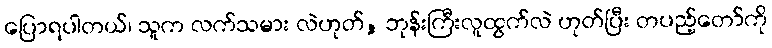
ပြောရပါတယ်၊ သူက လက်သမား လဲဟုတ်, ဘုန်းကြီးလူထွက်လဲ ဟုတ်ပြီး တပည့်တော်ကို